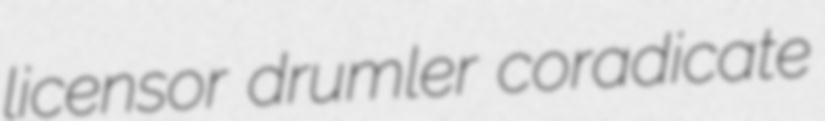
licensor drumler coradicate